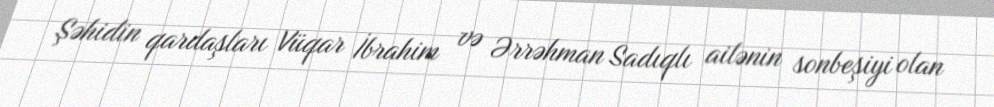
Şəhidin qardaşları Vüqar İbrahim və Ərrəhman Sadıqlı ailənin sonbeşiyi olan